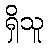
ရှိသူ